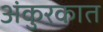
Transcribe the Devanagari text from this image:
अंकुरकात